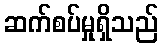
ဆက်စပ်မှုရှိသည်